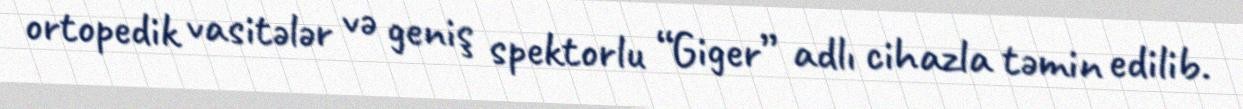
ortopedik vasitələr və geniş spektorlu “Giger” adlı cihazla təmin edilib.